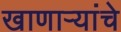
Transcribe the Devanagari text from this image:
खाणार्‍यांचे